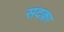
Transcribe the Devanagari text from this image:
सदक़ा